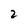
Character: 2